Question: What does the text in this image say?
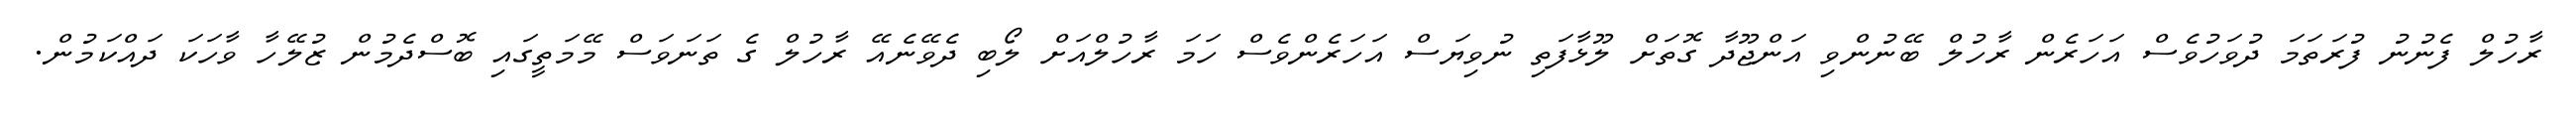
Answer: ރާހުލް ފެނުނު ފުރަތަމަ ދުވަހުވެސް އަހަރެން ރާހުލް ބޭނުންވި އަންޖޫދާ ގޮތަށް ލޫޅާފަތި ނުވިޔަސް އަހަރެންވެސް ހަމަ ރާހުލްއަށް ލޯބި ދެވޭނެއޭ ރާހުލް ގެ ތަނަވަސް މޭމަތީގައި ބޮސްދެމުން ޒުލޭހާ ވާހަކަ ދައްކަމުން.